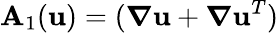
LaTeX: \mathbf{A}_{1}(\mathbf{u})=(\boldsymbol\nabla\mathbf{u}+\boldsymbol\nabla\mathbf{u}^{T})